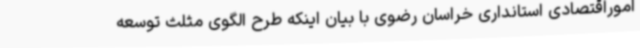
اموراقتصادی استانداری خراسان رضوی با بیان اینکه طرح الگوی مثلث توسعه